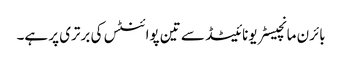
بائرن مانچیسٹر یونائیٹڈ سے تین پوائنٹس کی برتری پر ہے۔